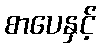
စာပေနှင့်